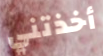
أخذتني